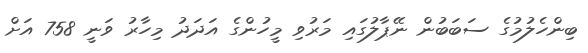
ބިންހެލުމުގެ ސަބަބުން ނޭޕާލުގައި މަރުވި މީހުންގެ އަދަދު މިހާރު ވަނީ 758 އަށް